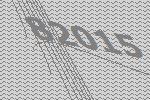
82015